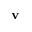
\mathbf { v }